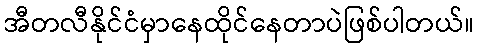
အီတလီနိုင်ငံမှာနေထိုင်နေတာပဲဖြစ်ပါတယ်။